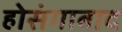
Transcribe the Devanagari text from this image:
होसंगाबाद